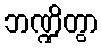
ဘဏ္ဍိတွာ